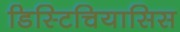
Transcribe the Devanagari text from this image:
डिस्टिचियासिस